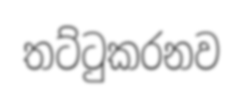
තට්ටුකරනව